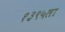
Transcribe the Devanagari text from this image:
१३९५ला